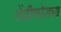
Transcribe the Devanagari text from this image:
शेंडीफोड्या